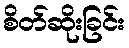
စိတ်ဆိုးခြင်း